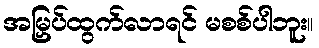
အမြှပ်ထွက်လာရင် မစစ်ပါဘူး။